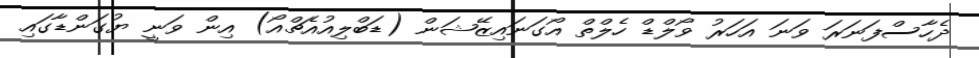
ދެހާސްފަނަރަ ވަނަ އަހަރު ވޯލްޑް ހެލްތް އޯގަނައިޒޭޝަން (ޑަބްލިއުއެޗްއޯ) އިން ވަނީ ޔުގަންޑާގައި